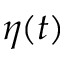
\eta ( t )